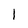
Character: I